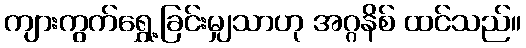
ကျားကွက်ရွှေ့ခြင်းမျှသာဟု အဂ္ဂနိစ် ထင်သည်။